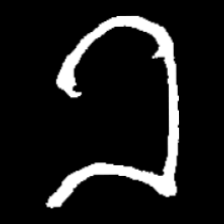
Pyu character \u2014 Myanmar letter: ခ (romanized: kha)